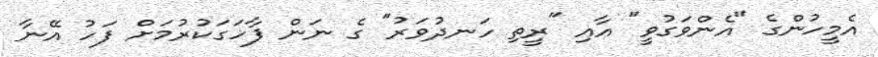
އެމީހުންގެ "އެންވަގުވީ" އާއި "ރީތި ހަނދުވަރު" ގެ ނަން ފާހަގަކުރުމަށް ފަހު އޭނާ